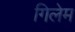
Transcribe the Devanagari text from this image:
गिलेम